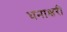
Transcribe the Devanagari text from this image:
धनाक्षरी